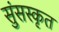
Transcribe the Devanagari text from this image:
सुंसस्कृत